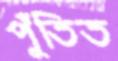
পুঁতিত